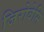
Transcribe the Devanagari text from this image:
जिरोवेसि